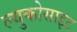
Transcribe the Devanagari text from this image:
ल्युकोसाइट